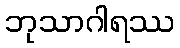
ဘုသာဂါရဿ